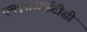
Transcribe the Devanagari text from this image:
एमएसआईटीसी